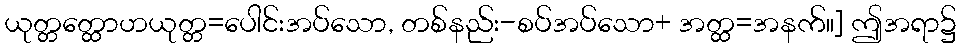
ယုတ္တတ္ထောဟယုတ္တ=ပေါင်းအပ်သော, တစ်နည်း-စပ်အပ်သော+ အတ္ထ=အနက်။] ဤအရာ၌